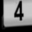
Digit: 4